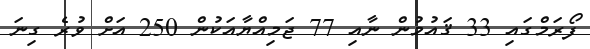
ފޯރަމްގައި 33 ޤައުމުން ނާއި 77 ޖަމިއްޔާއަކުން 250 އަށް ވުރެ ގިނަ